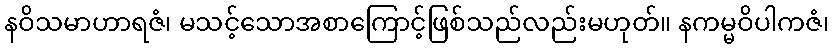
နဝိသမာဟာရဇံ၊ မသင့်သောအစာကြောင့်ဖြစ်သည်လည်းမဟုတ်။ နကမ္မဝိပါကဇံ၊